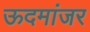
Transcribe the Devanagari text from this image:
ऊदमांजर